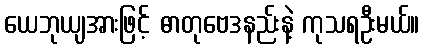
ယေဘုယျအားဖြင့် ဓာတုဗေဒနည်းနဲ့ ကုသရဦးမယ်။